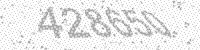
Solution: 428650